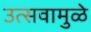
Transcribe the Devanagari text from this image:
उत्सवामुळे